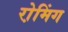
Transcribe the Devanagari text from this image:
रो़मिंग